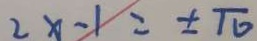
2 x - 1 = \pm \pi